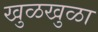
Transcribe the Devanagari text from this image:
खुळखुळा